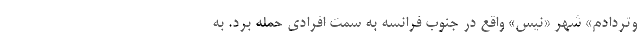
وتردادم» شهر «نیس» واقع در جنوب فرانسه به سمت افرادی حمله برد. به